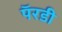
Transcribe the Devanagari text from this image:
पॅरडी